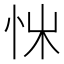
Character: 𢘨